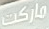
ماركت